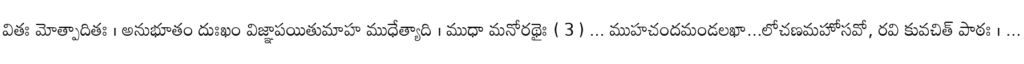
వితః మోత్పాదితః । అనుభూతం దుఃఖం విజ్ఞాపయితుమాహ ముధేత్యాది । ముధా మనోరథైః ( 3 ) ... ముహచందమండలఖా...లోచణమహోసవో, రవి కువచిత్ పాఠః । ...